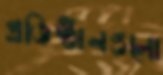
প্রতিষ্ঠানগুলো